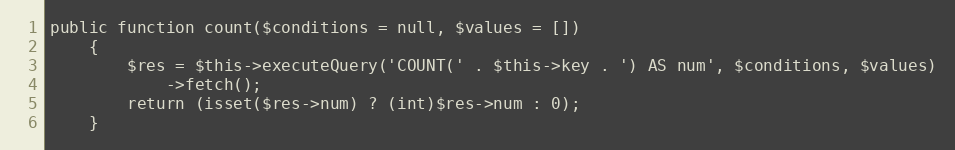
Language: PHP
public function count($conditions = null, $values = [])
    {
        $res = $this->executeQuery('COUNT(' . $this->key . ') AS num', $conditions, $values)
            ->fetch();
        return (isset($res->num) ? (int)$res->num : 0);
    }